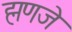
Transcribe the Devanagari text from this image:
ह्मणजे